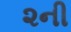
૨ની